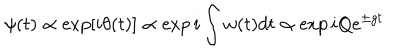
LaTeX: \psi ( t ) \propto \exp [ i \theta ( t ) ] \propto \exp i \int w ( t ) d t \propto \exp i Q e ^ { \pm g t }